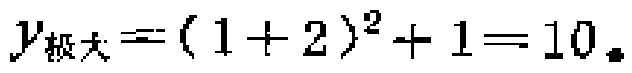
$y_{极大}=(1 + 2)^{2}+ 1 = 10.$